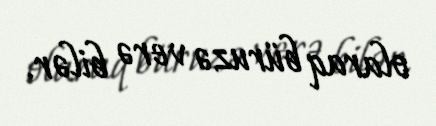
olaraq büruzə verə bilər.